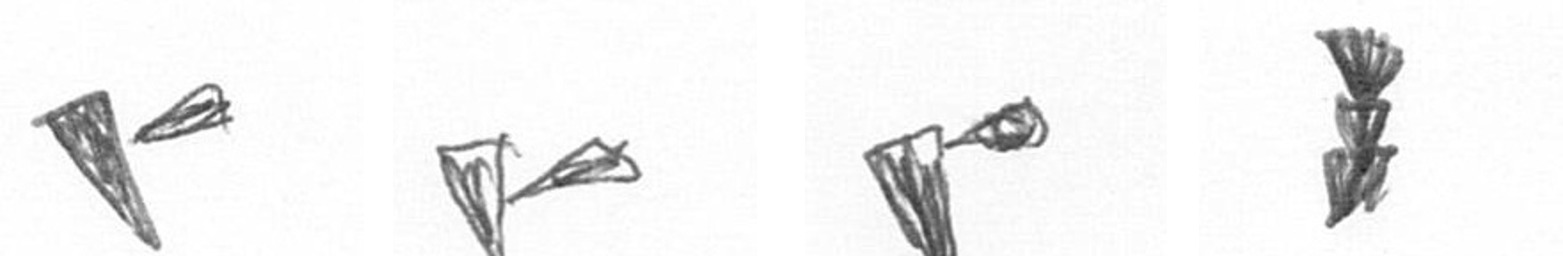
F F F E